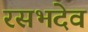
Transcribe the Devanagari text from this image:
रसभदेव